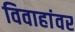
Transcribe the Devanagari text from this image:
विवाहांवर